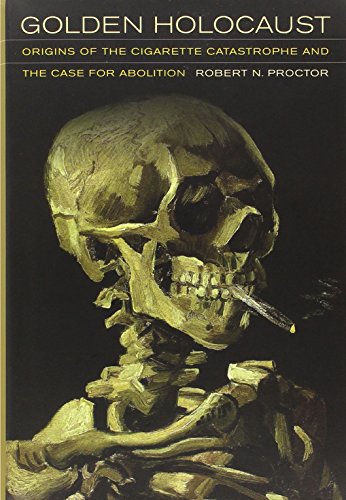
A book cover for Golden Holocaust: Origins of the Cigarette Catastrophe and the Case for Abolition; Robert N. Proctor; Health, Fitness & Dieting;